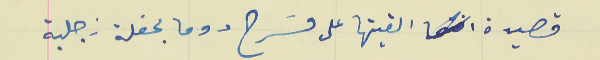
قصيدة القيتها على مسَرح دوما بحفلة زجلية